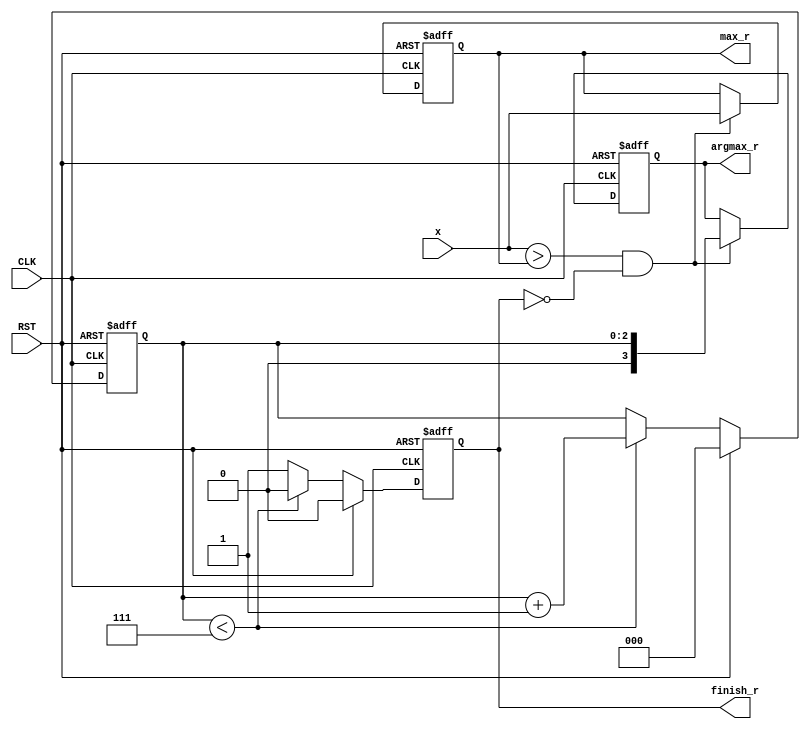
// v1. Author: Nae-Chyun Chen
// v2. Author: Yan-Lun Wu
// 2019 Fall, Computer Architecture
// Lecturer: Prof. Yi-Chang Lu

module findmax(
    CLK,
    RST,
    x,
    max_r,
    argmax_r,
    finish_r
);

input               CLK;
input               RST;
input       [7:0]   x;
output reg  [7:0]   max_r;
output reg  [3:0]   argmax_r;
output reg          finish_r;

reg     [7:0]       max_w;
reg     [3:0]       argmax_w;
reg     [2:0]       counter_r, counter_w;
reg                 finish_w;

always @(*) begin
    max_w = max_r;
    argmax_w = argmax_r;
    finish_w = 1'b0;
    counter_w = counter_r;

    if (RST) begin
        counter_w = 1'b0;
    end
    else if (counter_r < 3'b111) begin
        counter_w = counter_r + 1'b1;
    end
    else begin
        finish_w = 1;
    end

    if ( x>max_r && finish_r==1'b0 ) begin
        max_w = x;
        argmax_w = counter_r;
    end
end



always @(posedge CLK or posedge RST) begin
    if (RST) begin
        // reset
        counter_r <= 1'b0;
        finish_r <= 1'b0;
        max_r <= 1'b0;
        argmax_r <= 1'b0;
    end
    else begin
        counter_r <= counter_w;
        finish_r <= finish_w;
        max_r <= max_w;
        argmax_r <= argmax_w;
    end
end

endmodule